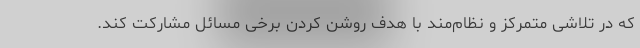
که در تلاشی متمرکز و نظام‌مند با هدف روشن کردن برخی مسائل مشارکت کند.